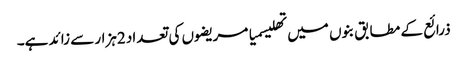
ذرائع کے مطابق بنوں میں تھلیسمیا مریضوں کی تعداد 2ہزار سے زائد ہے۔